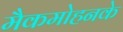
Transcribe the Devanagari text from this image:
मैकमोहनके